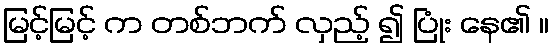
မြင့်မြင့် က တစ်ဘက် လှည့် ၍ ပြုံး နေ၏ ။